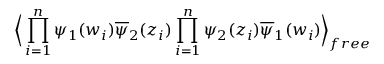
\Big \langle \prod _ { i = 1 } ^ { n } \psi _ { 1 } ( w _ { i } ) \overline { { { \psi } } } _ { 2 } ( z _ { i } ) \prod _ { i = 1 } ^ { n } \psi _ { 2 } ( z _ { i } ) \overline { { { \psi } } } _ { 1 } ( w _ { i } ) \Big \rangle _ { f r e e }